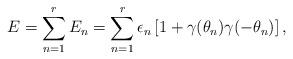
LaTeX: \begin{align*}E = \sum_{n=1}^r E_n = \sum_{n=1}^r \epsilon_n \left [ 1+\gamma(\theta_n)\gamma(-\theta_n) \right ],\end{align*}